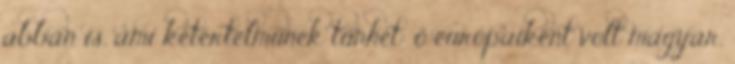
abban is, ami kétértelműnek tűnhet: ő európaiként volt magyar,